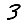
Digit: 3